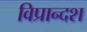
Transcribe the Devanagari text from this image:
विप्रान्दश